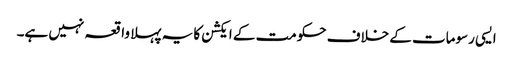
ایسی رسومات کے خلاف حکومت کے ایکشن کا یہ پہلا واقعہ نہیں ہے۔